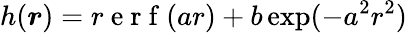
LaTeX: h(\boldsymbol{r})=r\mathrm{~e~r~f~}(ar)+b\exp(-a^{2}r^{2})